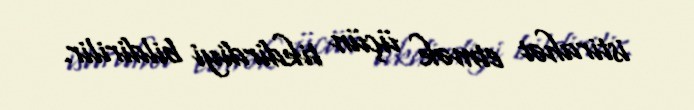
istirahət etmək üçün tikdirdiyi bildirilir.